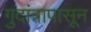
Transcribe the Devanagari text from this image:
गुदांत्रापासून